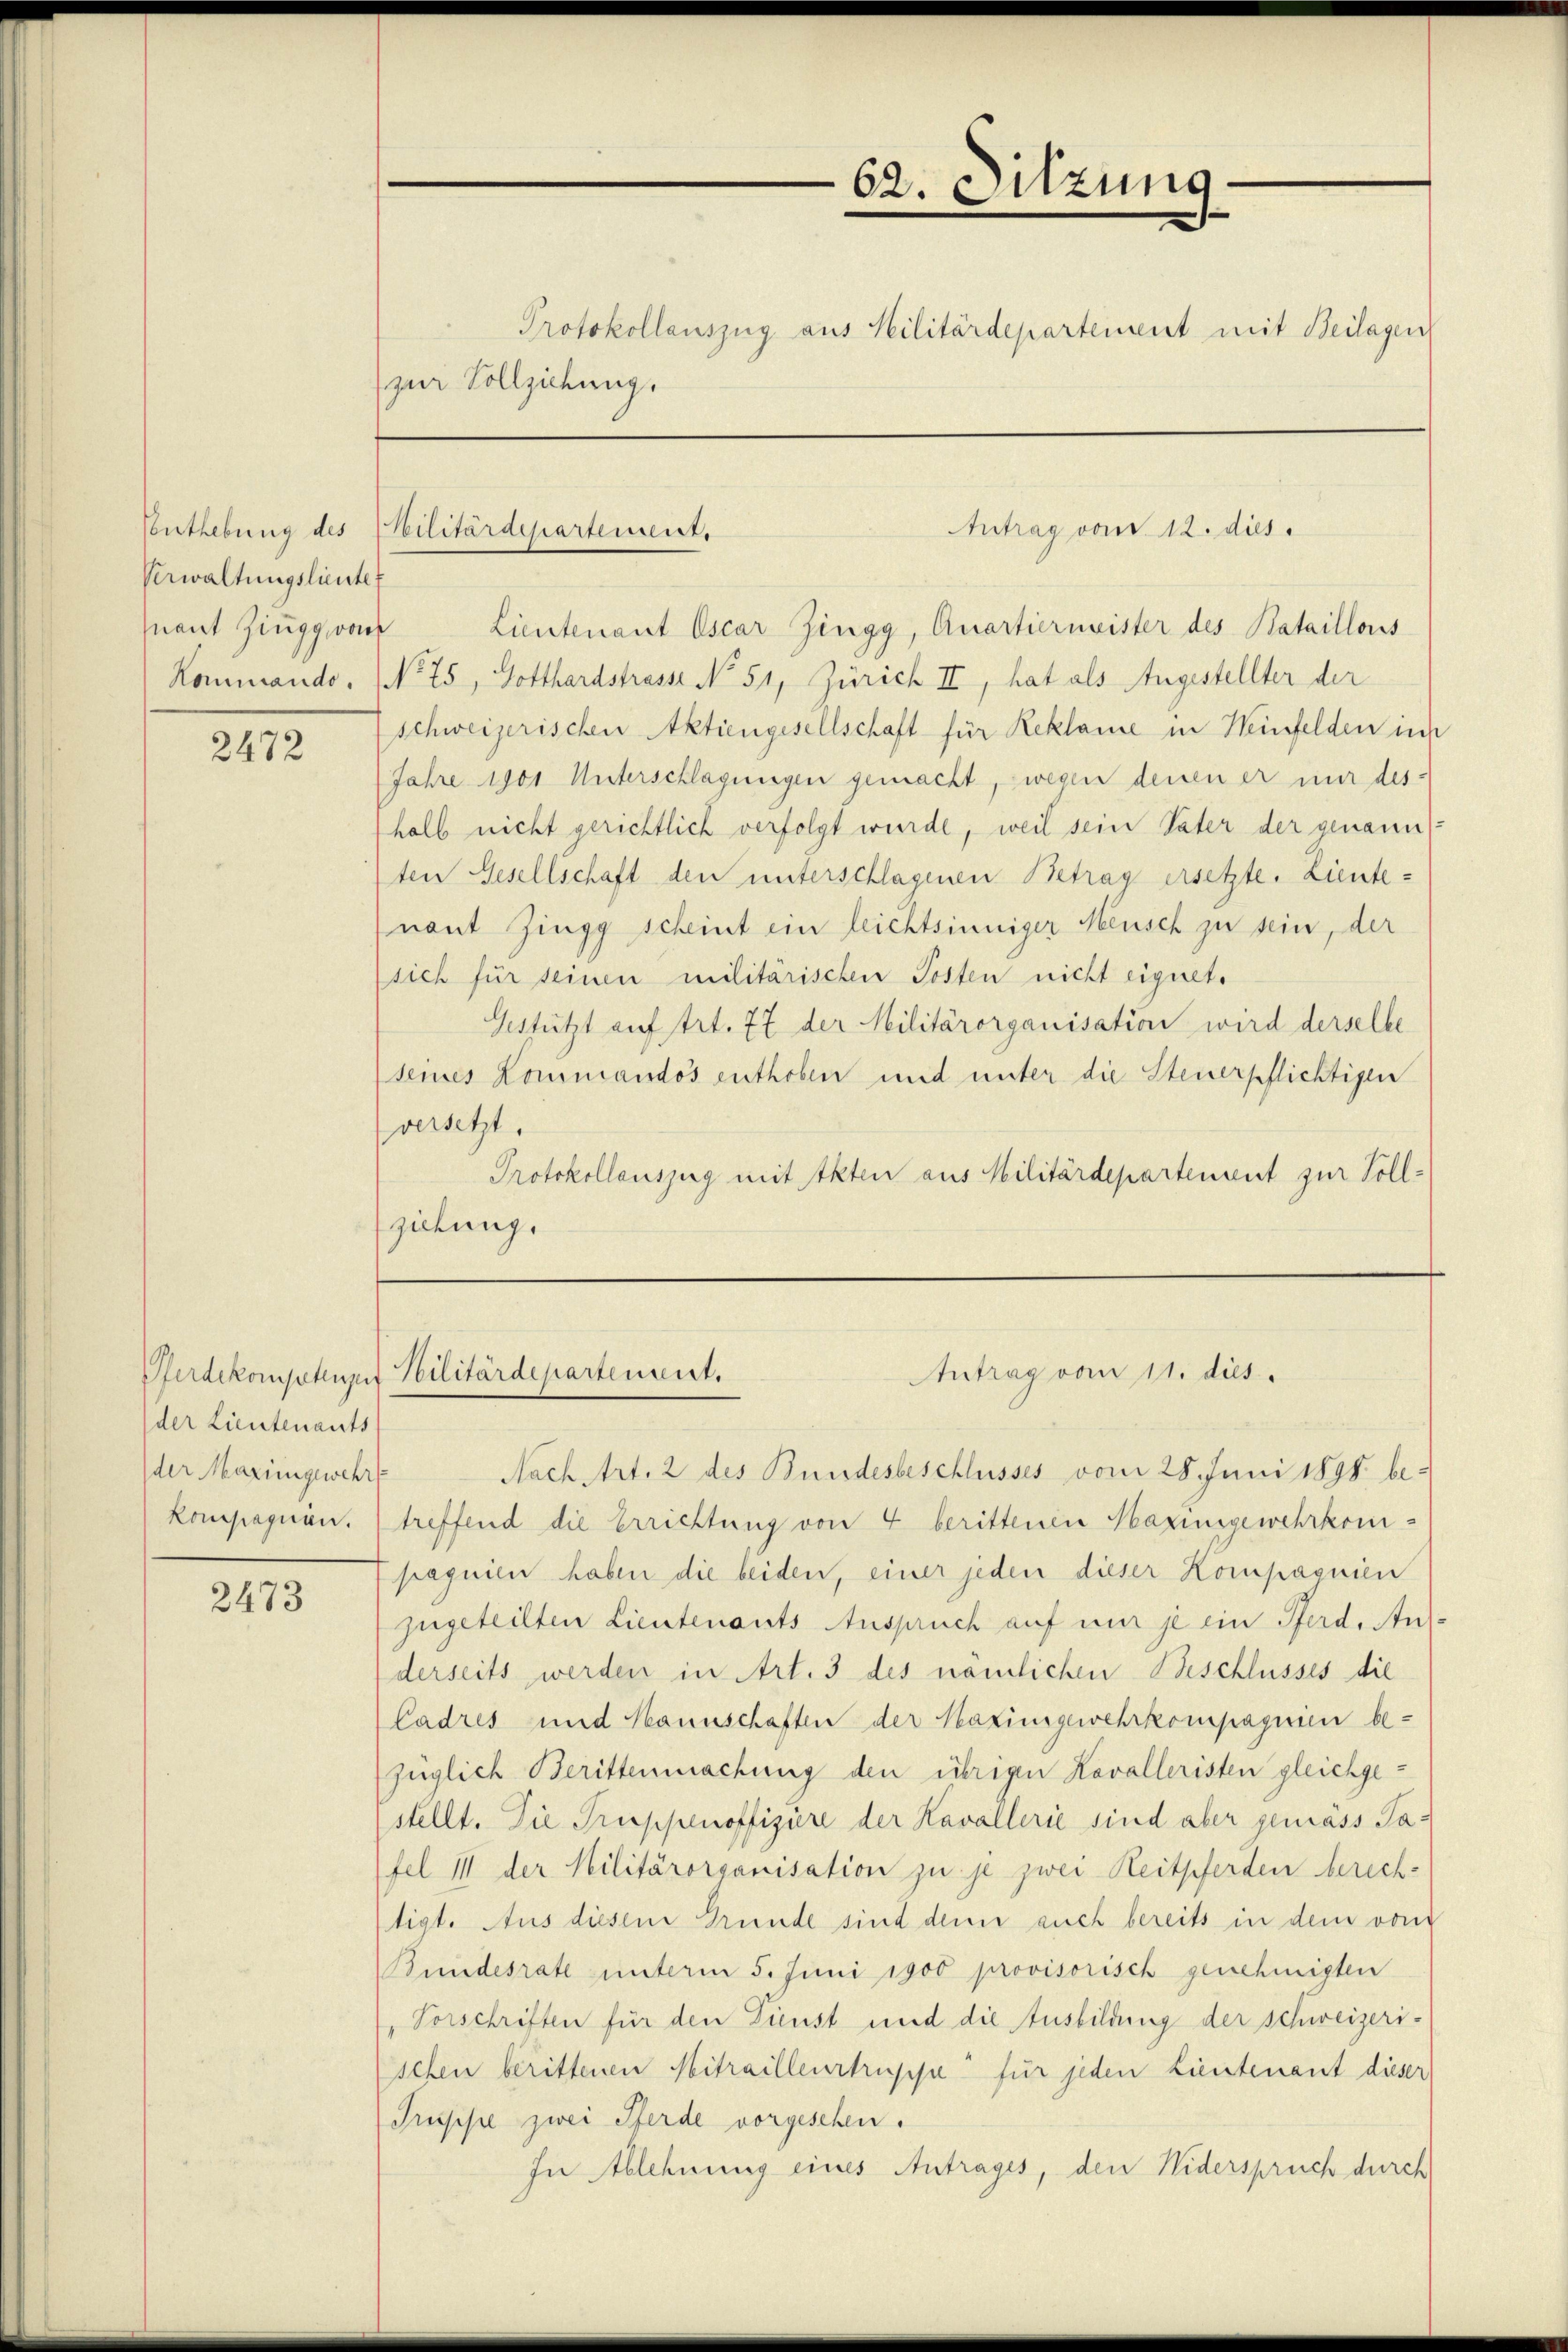
Verwaltungslieute.

2472

der Lieutenants
der Mariengewehrt
Kompagnin.

2473

(zur Vollziehung.

Enthebung des Militärdepartement,

nant Zingg von Lieutenant Oscar Zingg, Quartiermeister des Bataillons
Kommando. No 75, Gotthardstrasse No. 51, Zürich II, hat als Angestellter der
schweizerischen Aktiengesellschaft für Reklame in Heinfelden ins
Jahre 1901 Unterschlagungen gemacht, wegen denen er mir deshalb nicht gerichtlich verfolgt wurde, weil sein Vater der genann
ten Gesellschaft den unterschlagenen Betrag ersetzte. Lieutenant Zingg scheint ein leichtsinniger Mensch zu sein, der
sich für seinen militärischen Posten nicht eignete
Gestützt auf trt. 77 der Militärorganisation wird derselbe
seines Kommandos enthoben und unter die Steuerpflichtigen
versetzt.
Protokollauszug mit Akten aus Militärdepartement zur Vollziehung.

Pferdekompetensit Stilitärdepartensirt.

62. Sitzung.
Protokollauszug aus Militärdepartement mit Beilagen

Antrag vom 12. dies

Antrag vom 11. dies

Nach Art. 2 des Bundesbeschlusses vom 28. Juni 1898 be-
treffend die Errichtung von 4 berittenen Maximgewehrkomipaquien haben die beiden, einer jeden dieser Kompagnien
zugeteilten Lieutenants Anspruch auf mir je ein Pferd, Ans
derseits werden in Art. 3 des nämlichen Beschlusses die
Cadres und Kannschaften der Maximgewehrkompagnien befüglich Berittenmachung den übrigen Kavalleristen gleichgestellt. Die Truppenoffizire der Kavallerie sind aber gemäss Safel III der Militärorganisation zu je zwei Reitpferden berichtigt. Aus diesem Grunde sind denn auch bereits in dem vom
Bundesrate unterm 5. Juni 1900 provisorisch genehmigten
Vorschriften für den Kunst und die Ausbildung der schweizeri-
schen berittenen Mitrailleurtruppe für jeden Lieutenant dieser
Prupsie zwei Pferde vorgesehen.
In Ablehnung eines Antrages, den Niderspruch durch